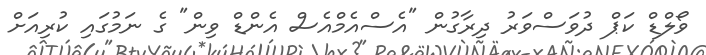
ވޯލްޑް ކަޕް ދުވަސްވަރު ދިރާގުން "އެސްއެމްއެސް އެންޑް ވިން" ގެ ނަމުގައި ކުރިއަށް